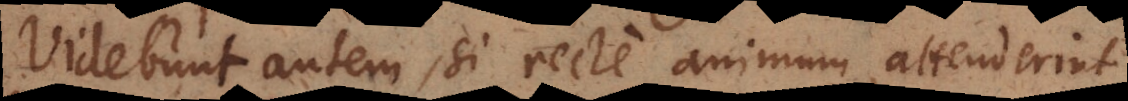
Videbunt autem, si recte animum attenderint